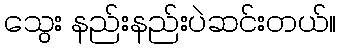
သွေး နည်းနည်းပဲဆင်းတယ်။